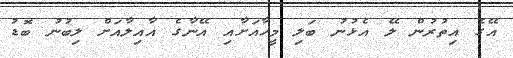
އޭގެ އިތުރުން ލޭ އެޅުނު ބަލި މީހާއަށާއި އޭނާގެ އާއިލާއަށް ލިބުނު ބޮޑު